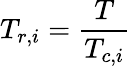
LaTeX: T_{r,i}=\frac{T}{T_{c,i}}